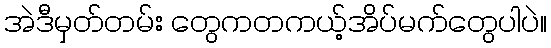
အဲဒီမှတ်တမ်း တွေကတကယ့်အိပ်မက်တွေပါပဲ။